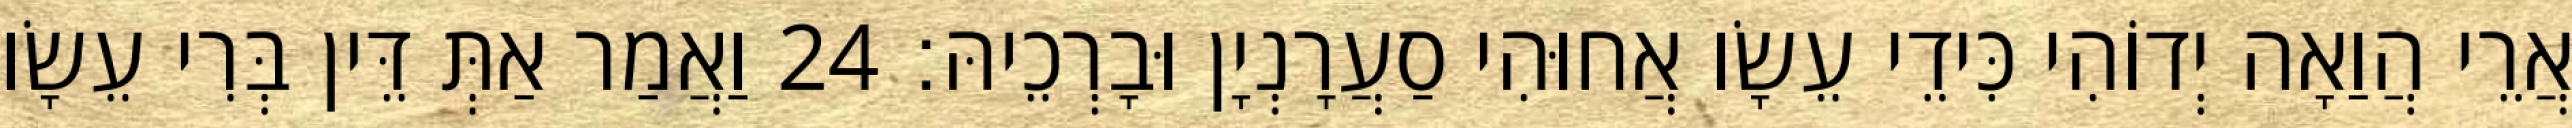
אֲרֵי הֲוַאָה יְדוֹהִי כִּידֵי עֵשָׂו אֲחוּהִי סַעֲרָנְיָן וּבָרְכֵיהּ׃ 24 וַאֲמַר אַתְּ דֵּין בְּרִי עֵשָׂו